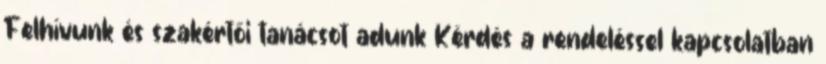
Felhívunk és szakértői tanácsot adunk Kérdés a rendeléssel kapcsolatban